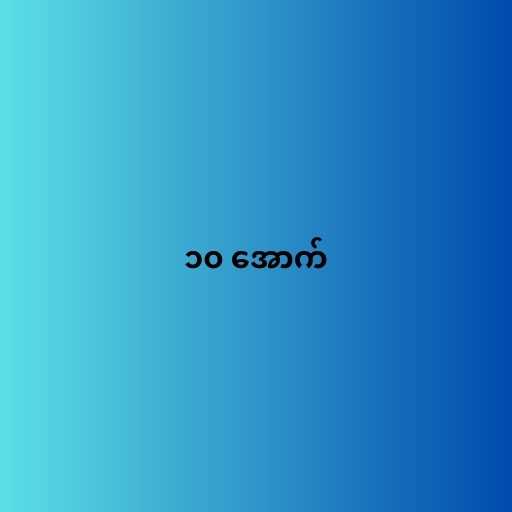
၁၀ အောက်